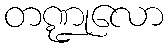
တဏ္ဍုလော